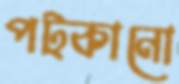
পট্‌কানো